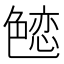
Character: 𰰚